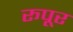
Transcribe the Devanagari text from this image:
रूपूर